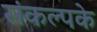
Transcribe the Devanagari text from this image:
संकल्पके